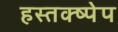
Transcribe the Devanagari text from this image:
हस्तक्ष्पेप